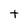
Character: t